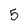
Character: 5